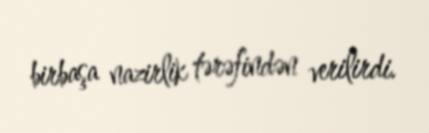
birbaşa nazirlik tərəfindən verilirdi.